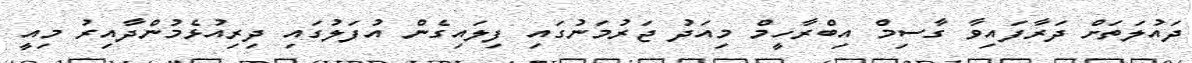
ދައުލަތަށް ދަރާފައިވާ ގާސިމް އިބްރާހީމް މިއަދު ޖަރުމަނުގައި ފިލައިގެން އުފަލުގައި ދިރިއުޅެމުންދާއިރު މިއީ